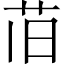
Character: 𫇰